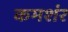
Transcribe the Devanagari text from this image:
कमशंर